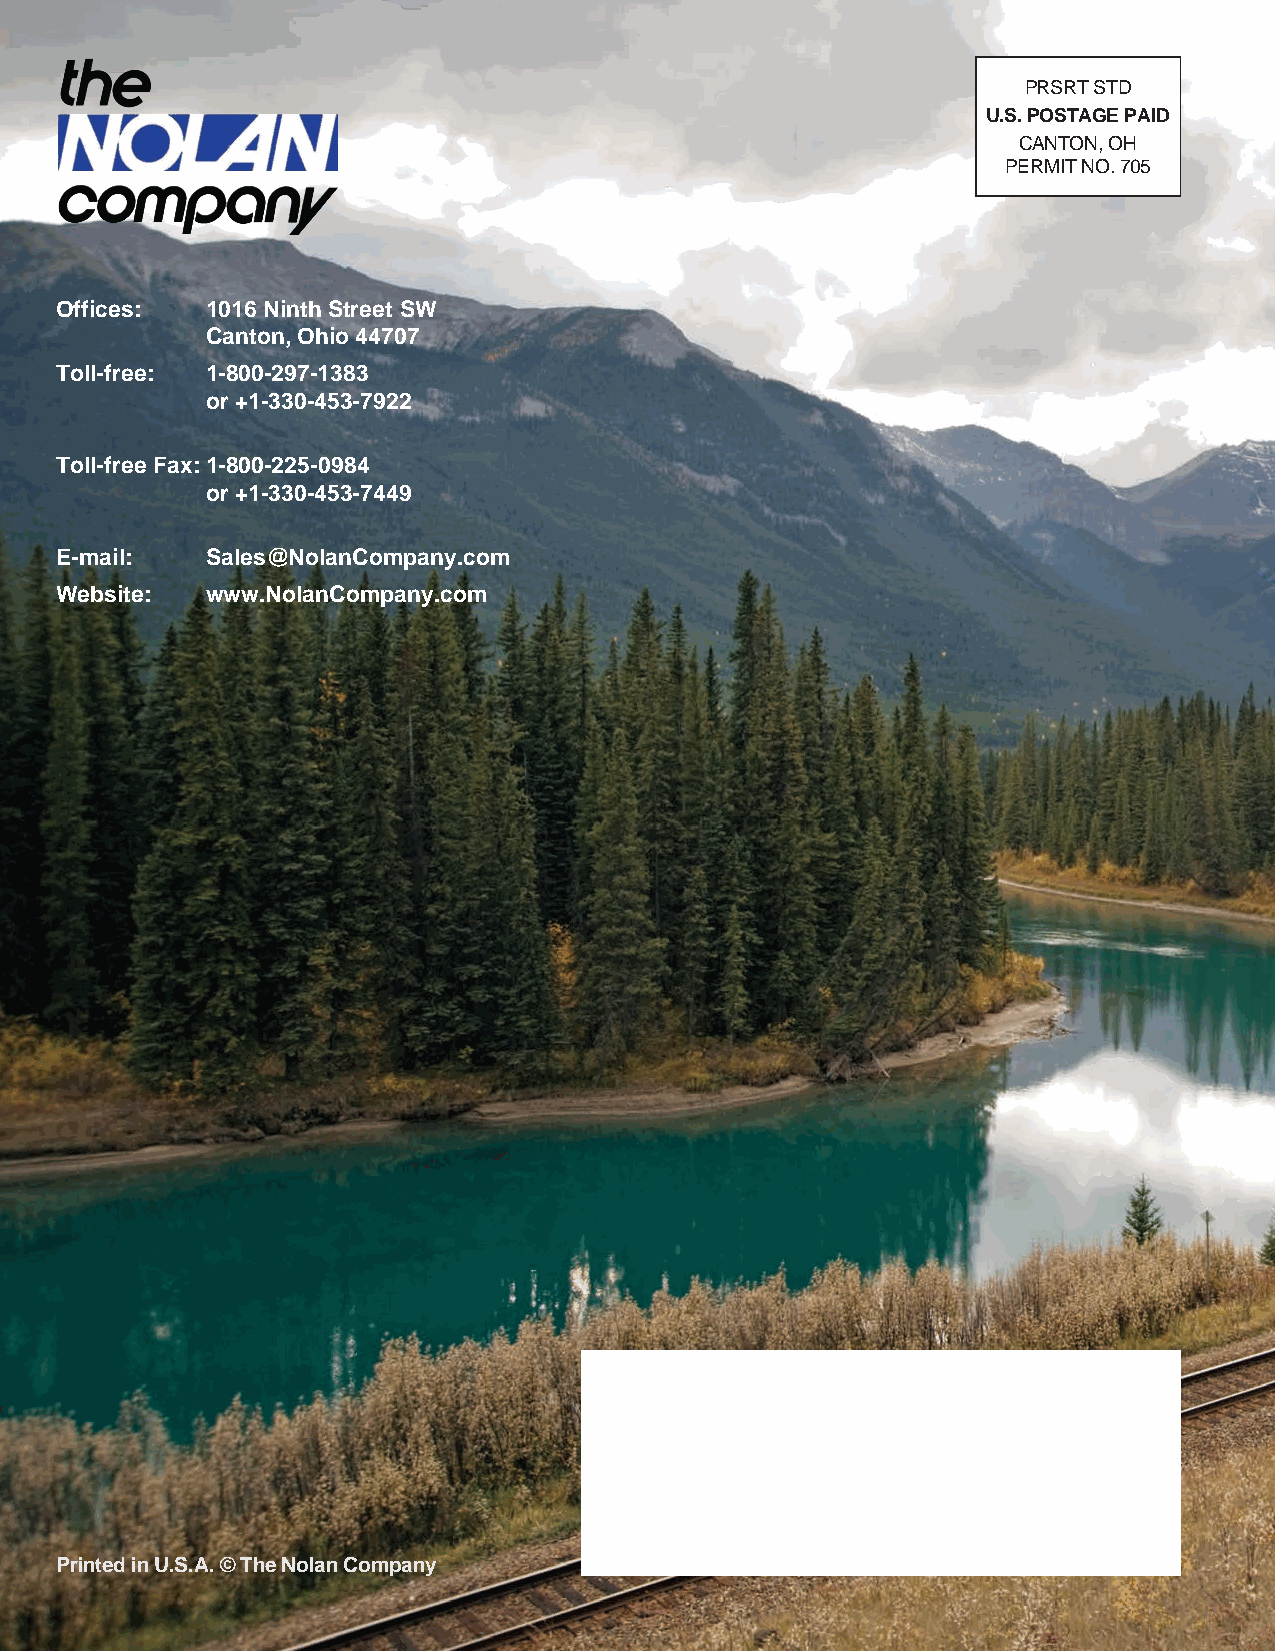
PRSRT STD
 U.S. POSTAGE PAID
 CANTON, OH
 PERMIT NO. 705
 Offices:  1016 Ninth Street SW
 Canton, Ohio 44707
 Toll-free: 1-800-297-1383
 or +1-330-453-7922
 Toll-free Fax: 1-800-225-0984
 or +1-330-453-7449
 E-mail:   Sales@NolanCompany.com
 Website:  www.NolanCompany.com
 Printed in U.S.A. © The Nolan Company